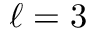
\ell = 3